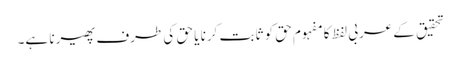
تحقیق کے عربی لفظ کا مفہوم حق کو ثابت کرنا یا حق کی طرف پھیرنا ہے۔